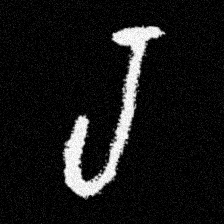
Pyu character \u2014 Myanmar letter: ရ (romanized: ra)